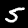
Digit: 5